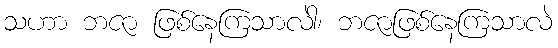
သဟာ ဘဇာ ဖြစ်နေကြသာလဲါ၊ ဘဇာဖြစ်နေကြသာလဲ